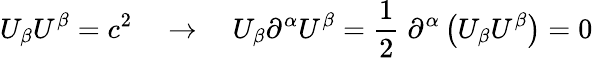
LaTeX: U_{\beta}U^{\beta}=c^{2}\quad\rightarrow\quad U_{\beta}\partial^{\alpha}U^{\beta}=\frac{1}{2}\; \partial^{\alpha}\left(U_{\beta}U^{\beta}\right)=0